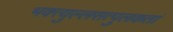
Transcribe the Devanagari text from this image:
भक्त्युल्लसत्पुलकतां